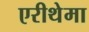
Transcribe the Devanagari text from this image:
एरीथेमा